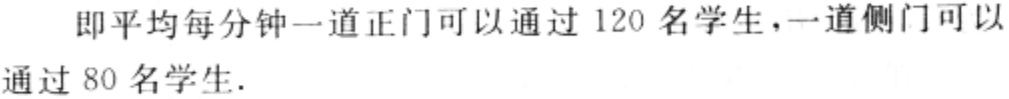
即平均每分钟一道正门可以通过 120 名学生，一道侧门可以

通过 80 名学生.